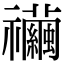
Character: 𥜲